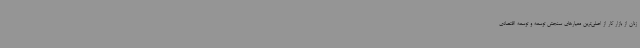
زنان از بازار کار از اصلی‌ترین معیارهای سنجش توسعه و توسعه اقتصادی